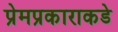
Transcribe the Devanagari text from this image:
प्रेमप्रकाराकडे